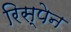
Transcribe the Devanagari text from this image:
रिस्पेन